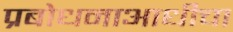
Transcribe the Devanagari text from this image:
प्रबोधनाआधीचा